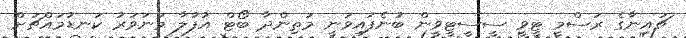
ޗައިނާގެ ރަސްމީ ޓީވީ ސީސީޓީވީން ބުނެފައިވަނީ މަތިންދާ ބޯޓް އުފުލާ މަނަވަރު ކަނޑުމައްޗަށް